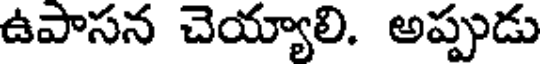
ఉపాసన చెయ్యాలి. అప్పుడు